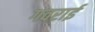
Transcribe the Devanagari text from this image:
गवराई